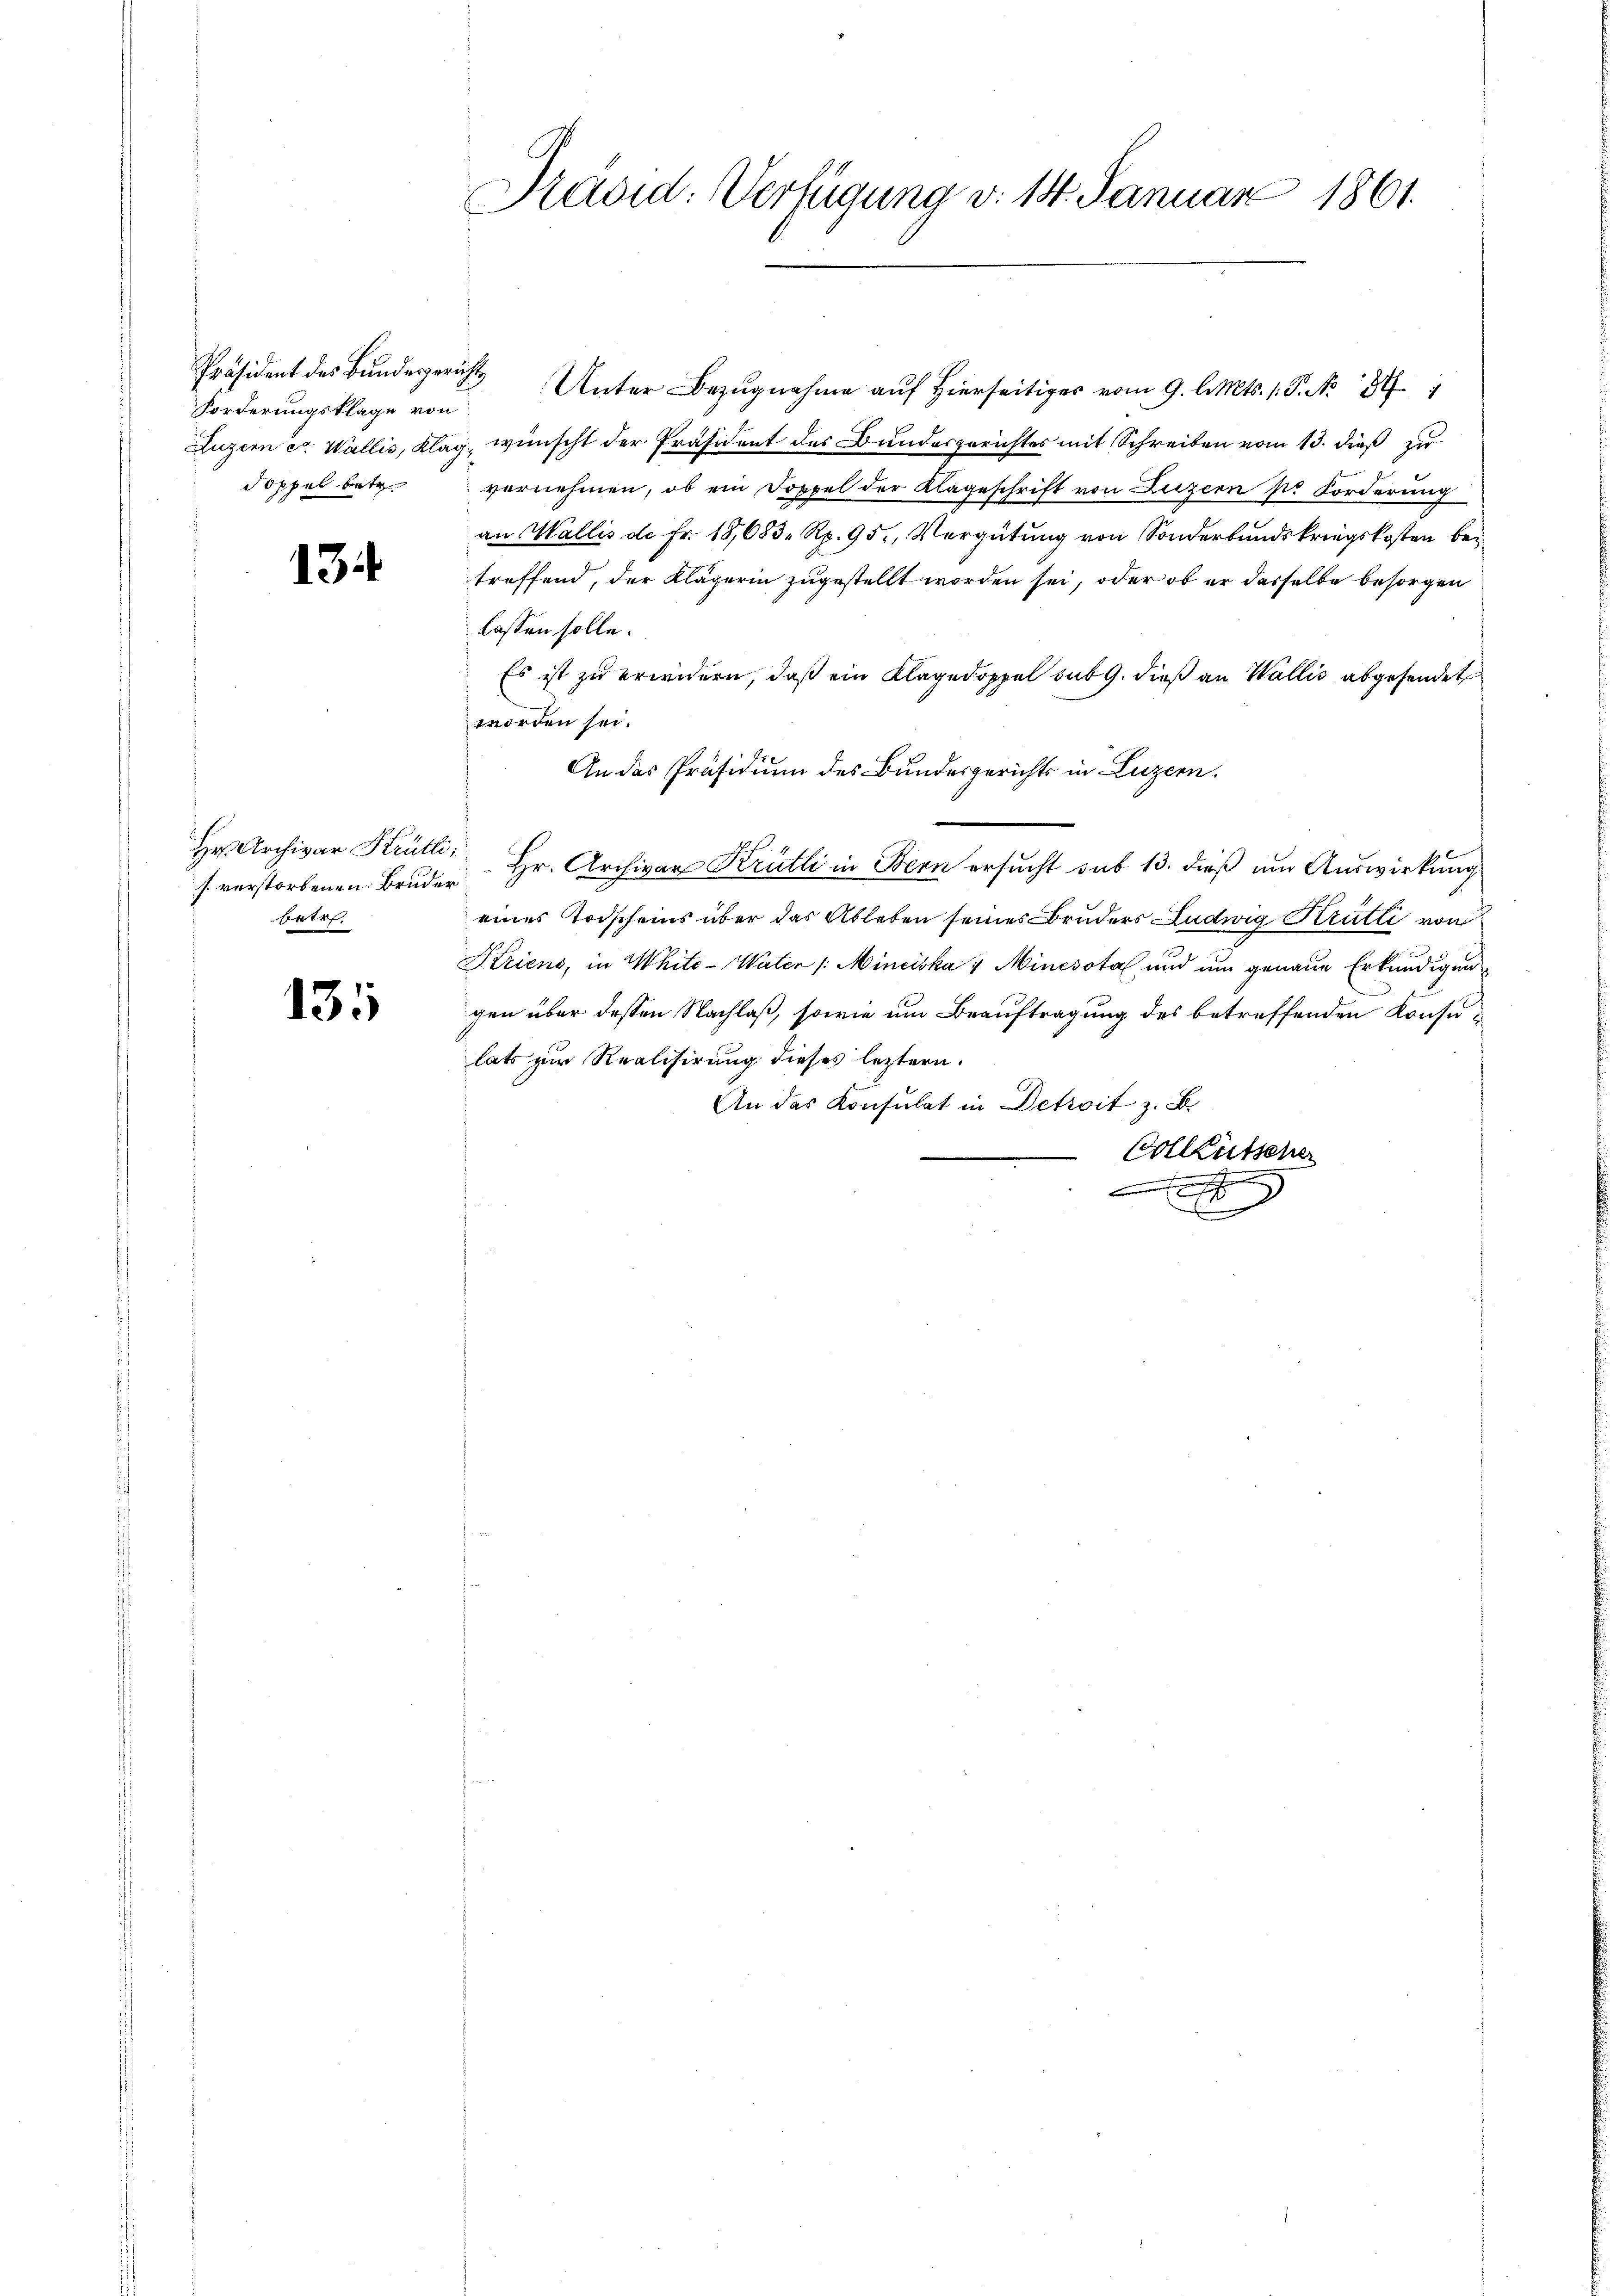
Präsident des Bundesgerichts
Forderungsklage von
Soppel betr.

13

Hr. Archivar Krütli:
baten.

135

Pavid: Verfügung v. 14. Januar 1861.

Unter Bezugnahme auf Hierseitiges vom 9. d. Mts. 1. P. Nr. 187
Luzern er Wallis, Klag, wünscht der Präsident des Bundesgerichtes mit Schreiben vom 13. dieß zu
vernehmen, ob ein Doppel der Klageschrift von Luzern sr Forderung
an Wallis de Fr. 18,683 Rp. 95, Vergütung von Sonderbundskriegskosten betreffend, der Klägerin zugestellt worden sei, oder ob er dasselbe besorgen
lassen solle.
Es ist zu erwidern, daß ein Klagedoppel sub 9. dieß an Wallis abgesendet
worden sei.
An das Präsidium des Bundesgerichts in Luzern.
s. verstorbenen Bruder Hr. Archivar Krütli in Bern ersucht sub 13. dieß um Auswirkung
eines Todscheins über das Ableben seines Bruders Ludwig Krütli von
Striens, in Whité-Water /:Minciska 1 Minesota und um genaue Erkundigun
gen über dessen Nachlaß, sowie um Beauftragung des betreffenden Konsulats zur Realisirung dieses leztern.
An das Konsulat in Detroit z. B.
Colktütscher

C